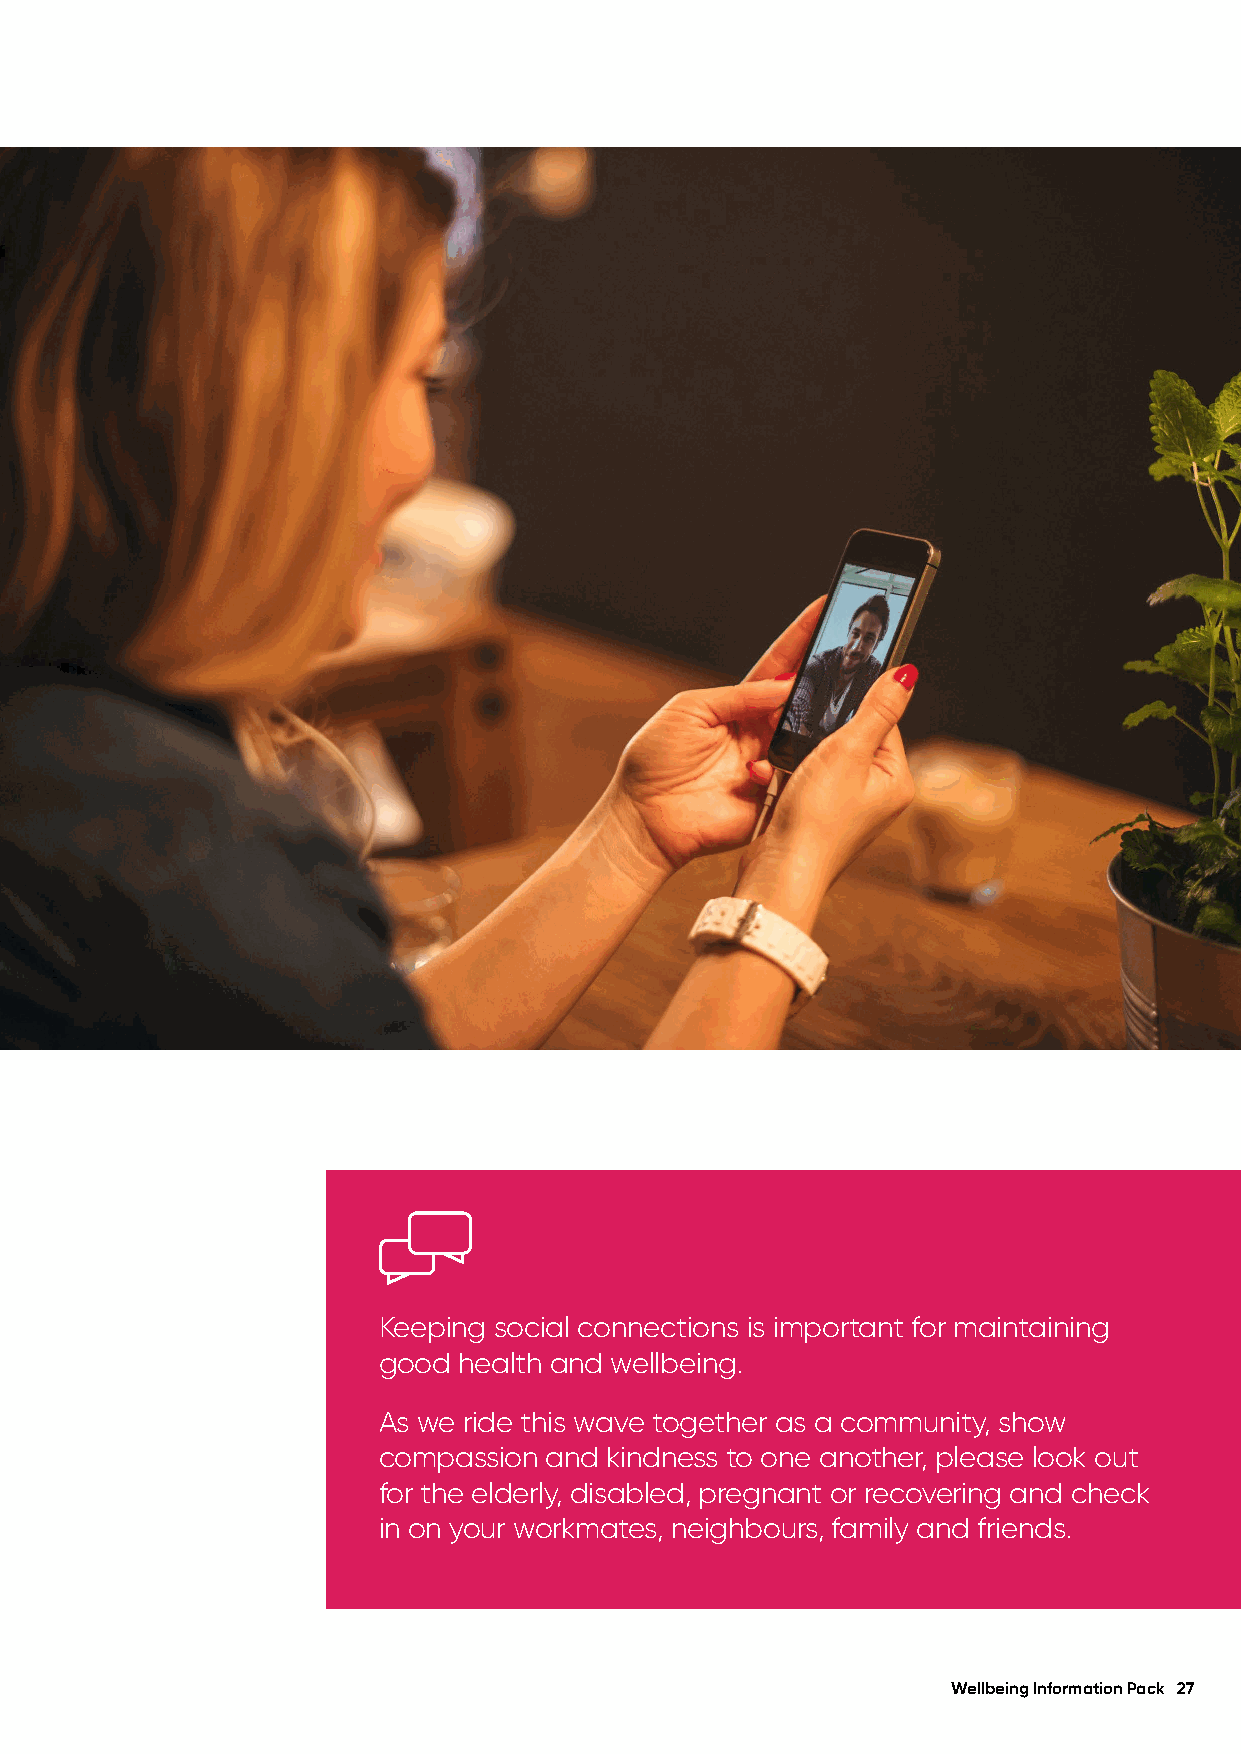
Keeping social connections is important for maintaining
 good health and wellbeing.
 As we ride this wave together as a community, show
 compassion and kindness to one another, please look out
 for the elderly, disabled, pregnant or recovering and check
 in on your workmates, neighbours, family and friends.
 Wellbeing Information Pack 27